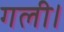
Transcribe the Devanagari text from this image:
गली।